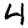
Digit: 4